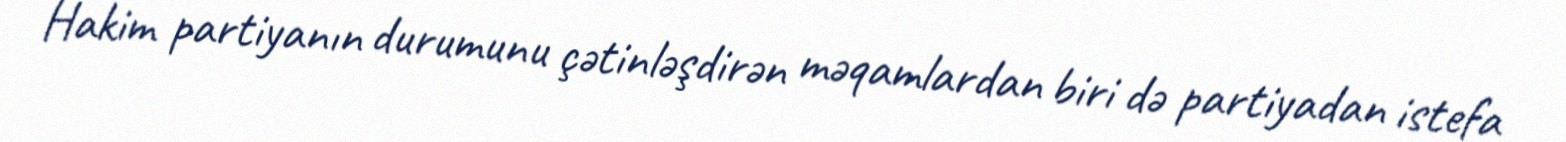
Hakim partiyanın durumunu çətinləşdirən məqamlardan biri də partiyadan istefa